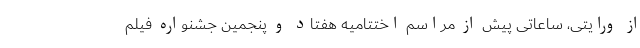
از ورایتی، ساعاتی پیش از مراسم اختتامیه هفتاد و پنجمین جشنواره فیلم